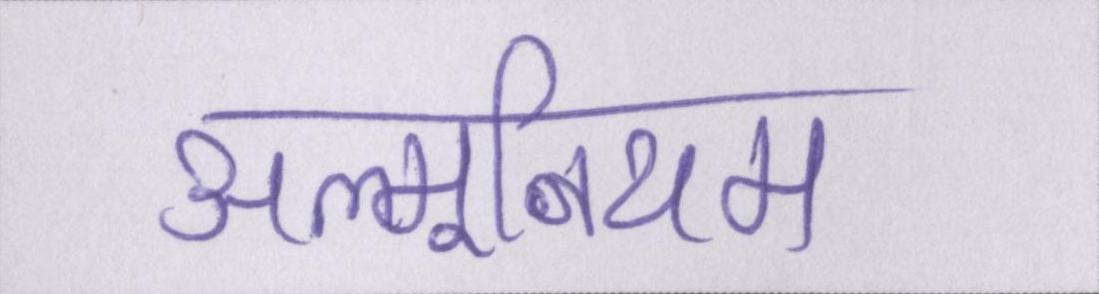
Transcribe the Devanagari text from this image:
अल्मूनियम